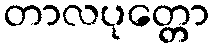
တာလပုတ္တော